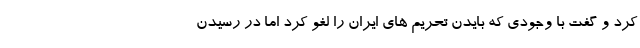
کرد و گفت با وجودی که بایدن تحریم های ایران را لغو کرد اما در رسیدن